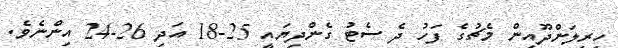
ހިރިލަންދޫއިން މެޗުގެ ފަހު ދެ ސެޓު ގެންދިޔައީ 25-18 އަދި 26-24 އިންނެވެ.